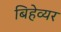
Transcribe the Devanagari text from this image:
बिहेव्यर